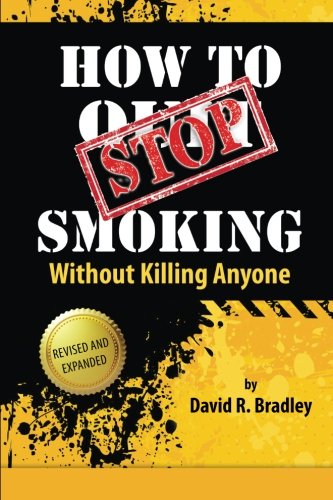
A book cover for How To STOP Smoking Without Killing Anyone; David R Bradley; Health, Fitness & Dieting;